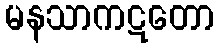
မနသာကဋတော